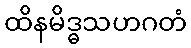
ထိနမိဒ္ဓသဟဂတံ